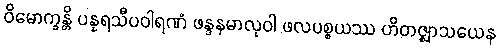
ဝိမောက္ခန္တိ ပန္နရသီပဝါရဏံ ဖန္ဒနမာလုဝါ ဖလပစ္စယဿ ဟိတဇ္ဈာသယေန